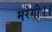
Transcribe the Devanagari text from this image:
मरेगी।।